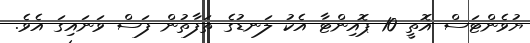
ޔުވެންޓަސް އޮތީ 10 ޕޮއިންޓާ އެކު ލަނޑުގެ ތަފާތުން ފަސް ވަނައިގަ އެވެ.